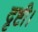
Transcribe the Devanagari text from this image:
दृष्टी।